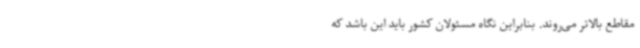
مقاطع بالاتر می‌روند. بنابراین نگاه مسئولان کشور باید این باشد که